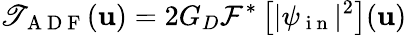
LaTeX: \mathscr{T}_{\mathrm{{~A~D~F~}}}(\mathbf{{u}})=2G_{D}\mathcal{{F}}^{*}\left[|\psi_{\mathrm{{~i~n~}}}|^{2}\right](\mathbf{{u}})